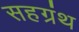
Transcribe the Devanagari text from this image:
सहग्रंथ